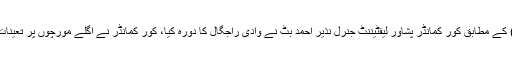
ہفتہ کو پاک فوج کے شعبہ تعلقات عامہ(آئی ایس پی آر) کے مطابق کور کمانڈر پشاور لیفٹیننٹ جنرل نذیر احمد بٹ نے وادی راجگال کا دورہ کیا، کور کمانڈر نے اگلے مورچوں پر تعینات جوانوں سے بات چیت کی اور ان کے جذبے کو سراہا۔